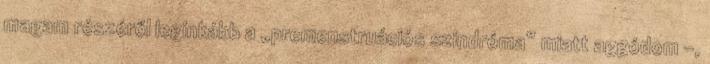
magam részéről leginkább a „premenstruációs szindróma” miatt aggódom -,